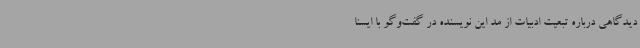
دیدگاهی درباره تبعیت ادبیات از مد این نویسنده در گفت‌وگو با ایسنا